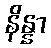
နိန္နာ